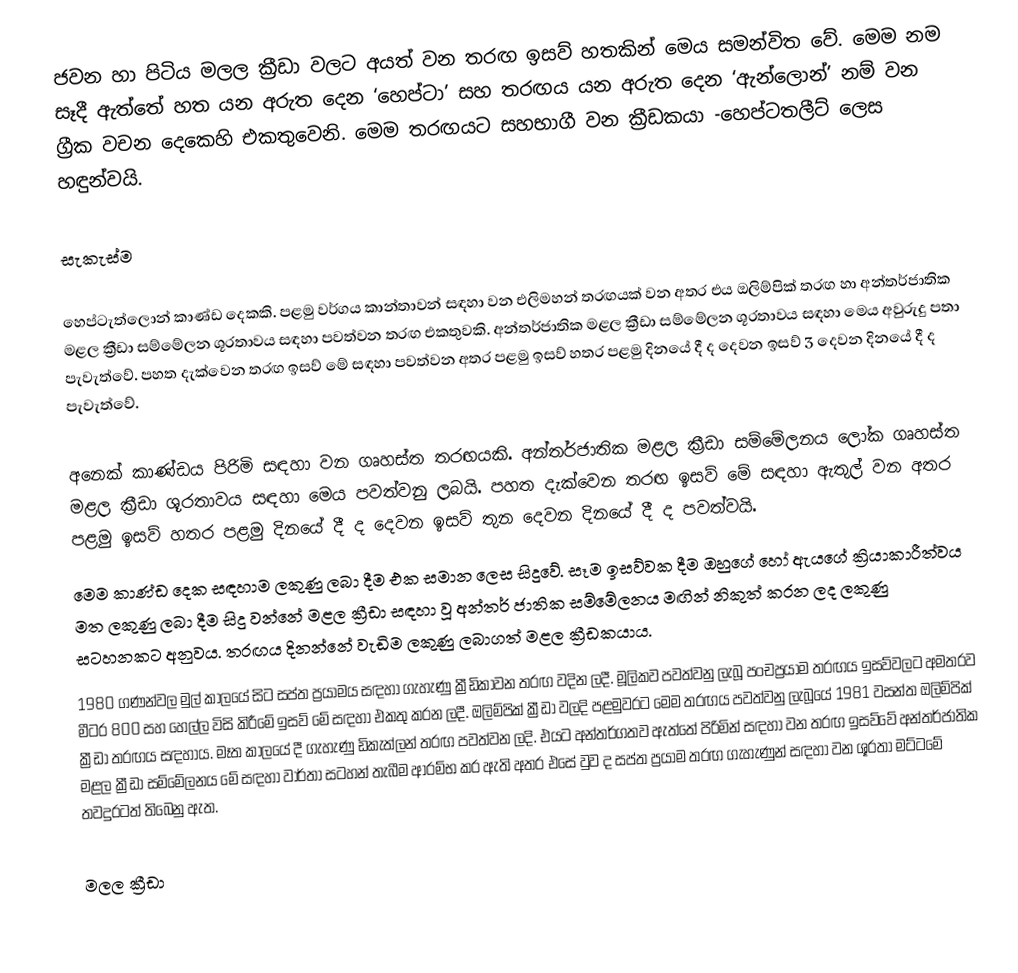
ජවන හා පිටිය මලල ක්‍රීඩා වලට අයත් වන තරඟ ඉසව් හතකින් මෙය සමන්විත වේ. මෙම නම සෑදී ඇත්තේ හත යන අරුත දෙන ‘හෙප්ටා’ සහ තරඟය යන අරුත දෙන ‘ඇන්ලොන්’ නම් වන ග්‍රීක වචන දෙකෙහි එකතුවෙනි. මෙම තරඟයට සහභාගී වන ක්‍රීඩකයා -හෙප්ටතලීට් ලෙස හඳුන්වයි.

සැකැස්ම

හෙප්ටැත්ලොන් කාණ්ඩ දෙකකි. පළමු වර්ගය කාන්තාවන් සඳහා වන එලිමහන් තරඟයක් වන අතර එය ඔලිම්පික් තරඟ හා අන්තර්ජාතික මළල ක්‍රීඩා සම්මේලන ශූරතාවය සඳහා පවත්වන තරඟ එකතුවකි. අන්තර්ජාතික මළල ක්‍රීඩා සම්මේලන ශූරතාවය සඳහා මෙය අවුරුදු පතා පැවැත්වේ. පහත දැක්වෙන තරඟ ඉසව් මේ සඳහා පවත්වන අතර පළමු ඉසව් හතර පළමු දිනයේ දී ද දෙවන ඉසව් 3 දෙවන දිනයේ දී ද පැවැත්වේ.

අනෙක් කාණ්ඩය පිරිමි සඳහා වන ගෘහස්ත තරඟයකි. අන්තර්ජාතික මළල ක්‍රීඩා සම්මේලනය ලෝක ගෘහස්ත මළල ක්‍රීඩා ශූරතාවය සඳහා මෙය පවත්වනු ලබයි. පහත දැක්වෙන තරඟ ඉසව් මේ සඳහා ඇතුල් වන අතර පළමු ඉසව් හතර පළමු දිනයේ දී ද දෙවන ඉසව් තුන දෙවන දිනයේ දී ද පවත්වයි.
මෙම කාණ්ඩ දෙක සඳහාම ලකුණු ලබා දීම එක සමාන ලෙස සිදුවේ. සෑම ඉසව්වක දීම ඔහුගේ හෝ ඇයගේ ක්‍රියාකාරීත්වය මත ලකුණු ලබා දීම සිදු වන්නේ මළල ක්‍රීඩා සඳහා වූ අන්තර් ජාතික සම්මේලනය මඟින් නිකුත් කරන ලද ලකුණු සටහනකට අනුවය. තරඟය දිනන්නේ වැඩිම ලකුණු ලබාගත් මළල ක්‍රීඩකයාය.
1980 ගණන්වල මුල් කාලයේ සිට සප්ත ප්‍රයාමය සඳහා ගැහැණු ක්‍රීඩිකාවන‍් තරඟ වදින ලදී. මූලිකව පවත්වනු ලැබූ පංචප්‍රයාම තරඟය ඉසව්වලට අමතරව මීටර 800 සහ හෙල්ල විසි කිරීමේ ඉසව් මේ සඳහා එකතු කරන ලදී. ඔලිම්පික් ක්‍රීඩා වලදි පළමුවරට මෙම තරඟය පවත්වනු ලැබූයේ 1981 වසන්ත ඔලිම්පික් ක්‍රීඩා තරඟය සඳහාය. මෑත කාලයේ දී ගැහැණු ඩිකැත්ලන් තරඟ පවත්වන ලදි. එයට අන්තර්ගතව ඇත්තේ පිරිමින් සඳහා වන තරඟ ඉසව්වේ අන්තර්ජාතික මළල ක්‍රීඩා සම්මේලනය මේ සඳහා වාර්තා සටහන් තැබීම ආරම්භ කර ඇති අතර එසේ වුව ද සප්ත ප්‍රයාම තරඟ ගැහැණුන් සඳහා වන ශූරතා මට්ටමේ තවදුරටත් තිබෙනු ඇත.

මලල ක්‍රීඩා